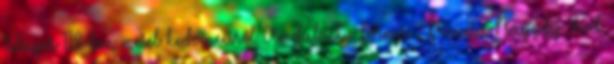
Sláger TV-ben mesél kedvenceiről Amdala.hu Forma-1 Francia Nagydíj, Red